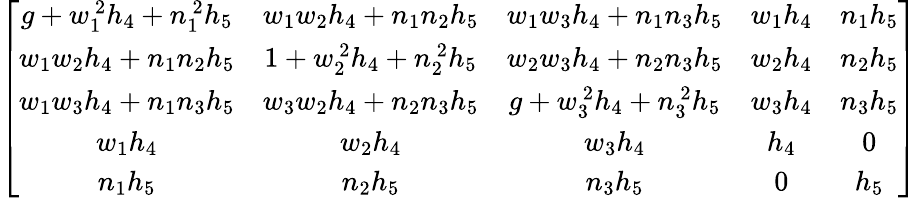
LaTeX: \left[\begin{array}{ccccc}{{g+w_{1}^{\ 2}h_{4}+n_{1}^{\ 2}h_{5}}}&{{w_{1}w_{2}h_{4}+n_{1}n_{2}h_{5}}}&{{w_{1}w_{3}h_{4}+n_{1}n_{3}h_{5}}}&{{w_{1}h_{4}}}&{{n_{1}h_{5}}}\\ {{w_{1}w_{2}h_{4}+n_{1}n_{2}h_{5}}}&{{1+w_{2}^{\ 2}h_{4}+n_{2}^{\ 2}h_{5}}}&{{w_{2}w_{3}h_{4}+n_{2}n_{3}h_{5}}}&{{w_{2}h_{4}}}&{{n_{2}h_{5}}}\\ {{w_{1}w_{3}h_{4}+n_{1}n_{3}h_{5}}}&{{w_{3}w_{2}h_{4}+n_{2}n_{3}h_{5}}}&{{g+w_{3}^{\ 2}h_{4}+n_{3}^{\ 2}h_{5}}}&{{w_{3}h_{4}}}&{{n_{3}h_{5}}}\\ {{w_{1}h_{4}}}&{{w_{2}h_{4}}}&{{w_{3}h_{4}}}&{{h_{4}}}&{{0}}\\ {{n_{1}h_{5}}}&{{n_{2}h_{5}}}&{{n_{3}h_{5}}}&{{0}}&{{h_{5}}}\end{array}\right]